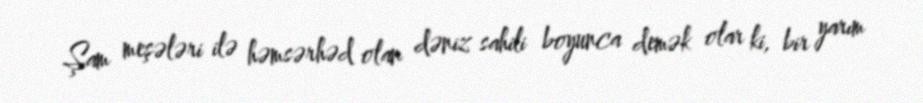
Şam meşələri ilə həmsərhəd olan dəniz sahili boyunca demək olar ki, bir yarım